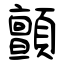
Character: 顫